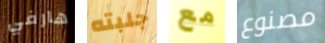
هارفي جلبته مع مصنوع